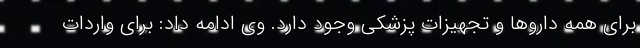
برای همه داروها و تجهیزات پزشکی وجود دارد. وی ادامه داد: برای واردات